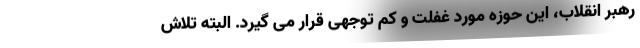
رهبر انقلاب، این حوزه مورد غفلت و کم توجهی قرار می گیرد. البته تلاش